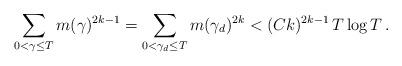
LaTeX: \begin{align*}\sum_{0<\gamma\le T} m(\gamma)^{2k-1} = \sum_{0<\gamma_d\le T} m(\gamma_d)^{2k} < (Ck)^{2k-1} \, T\log T\,.\end{align*}